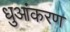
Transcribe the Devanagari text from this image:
धुआंकरण